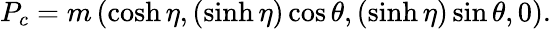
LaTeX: P_{c}=m\left(\cosh\eta,(\sinh\eta)\cos\theta,(\sinh\eta)\sin\theta,0\right).